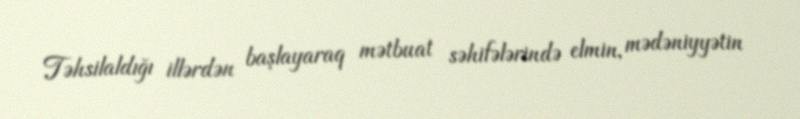
Təhsilaldığı illərdən başlayaraq mətbuat səhifələrində elmin, mədəniyyətin